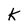
Character: k